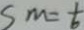
S m = \frac { 1 } { 6 }